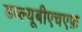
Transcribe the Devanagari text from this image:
डब्ल्यूबीएचएफ़